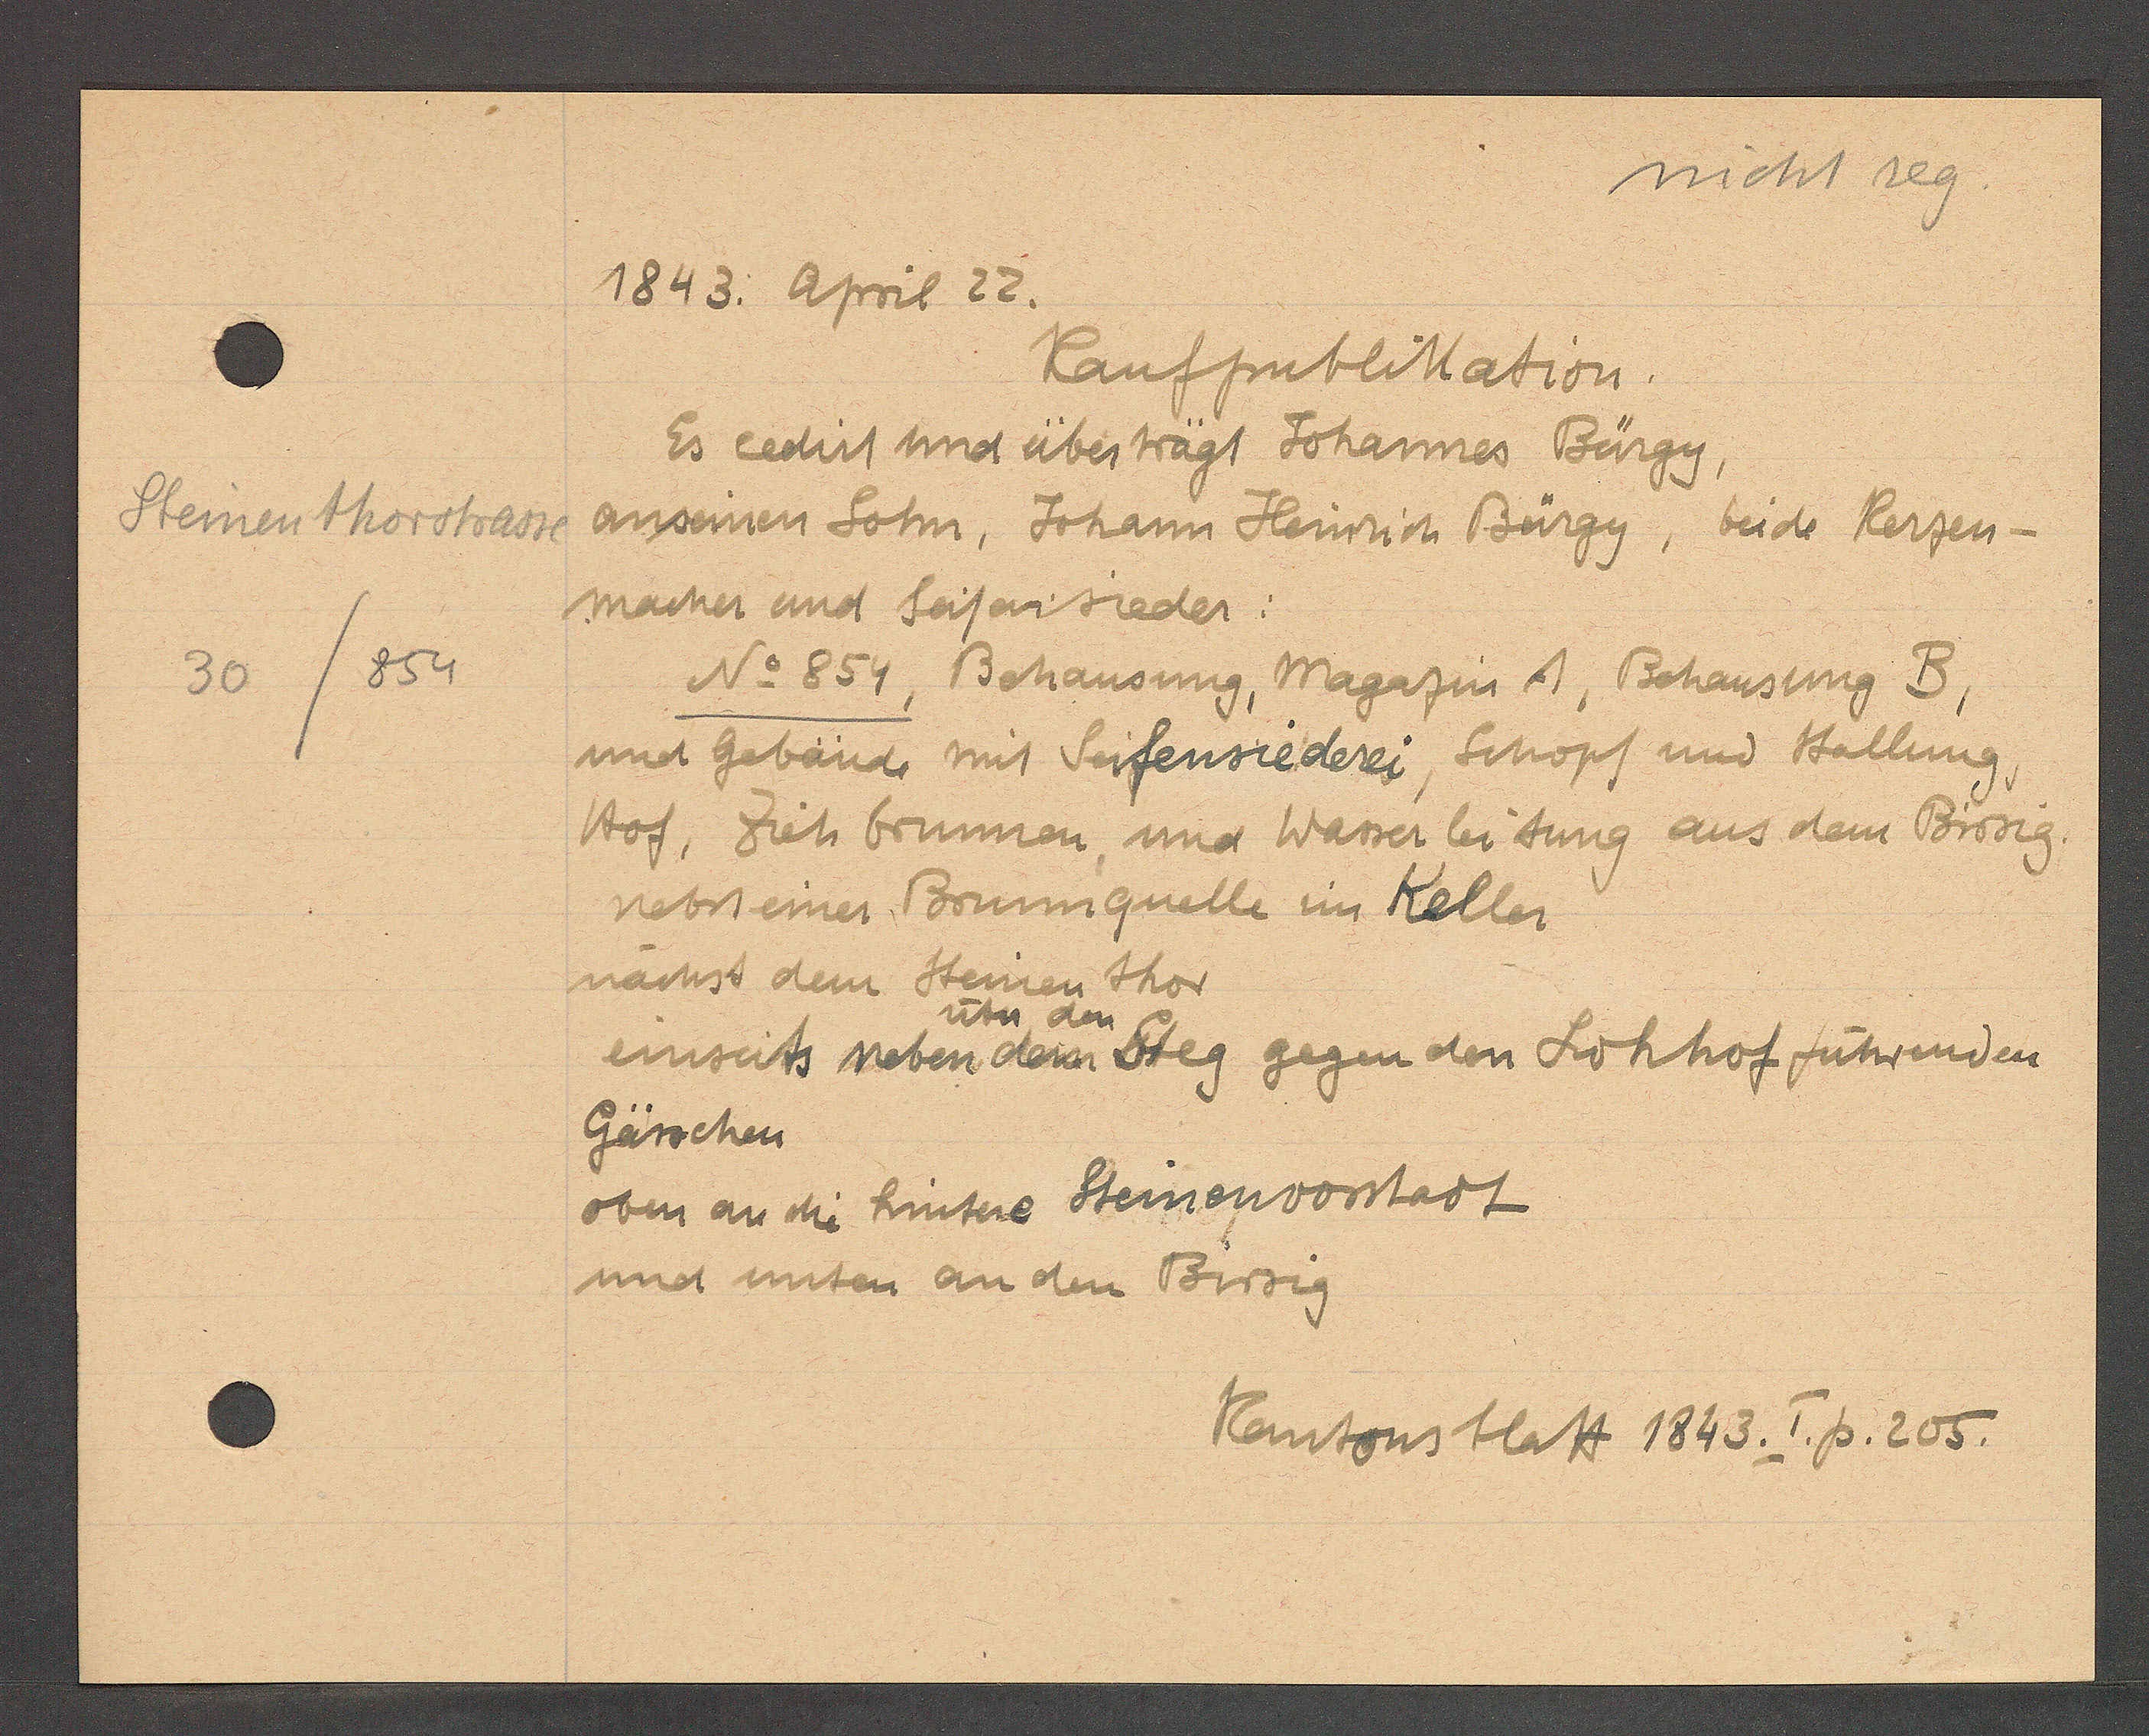
Transcript:
Steinenthorstrasse
30/854

1843. Apil 22.

Kaufpublikation.
Es cedirt und überträgt Johannes Bürgy,
anseinen Sohn, Johann Heinrich Bürgy, beide kerzen¬
macher und Seifensieder:
No 854, Behausung, Magazin A, Behausung B,
und Gebäude mit Seifensiederei, Schopf und Stallung
nebst einer Brunnquelle im Keller
Hof, Zieh brunnen und Wasserleitung aus dem Birsig
und unten an den Birsig
oben an die hintere Steinenvorstadt
Gässchen
einseits neben dem Steg gegen den Lohhof führenden
über dem
nächst dem Steinen thor

Kantonsblatt 1843. I. p. 205.